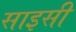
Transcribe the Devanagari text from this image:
साइसी